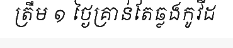
ត្រឹម ១ ថ្ងៃគ្រាន់តែឆ្លងកូវីដ